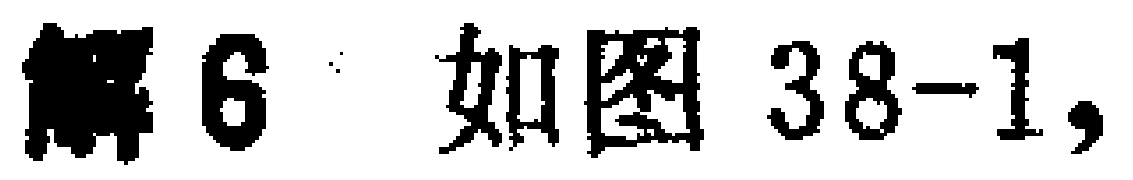
解6 如图38-1,